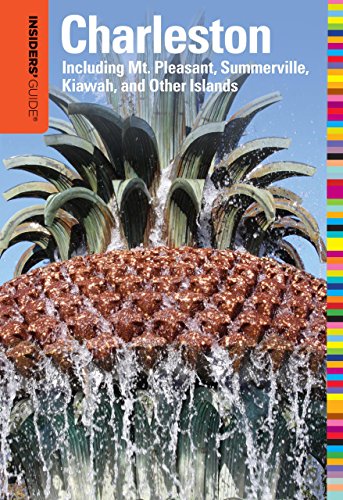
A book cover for Insiders' GuideÂ® to Charleston, 13th: Including Mt. Pleasant, Summerville, Kiawah, and Other Islands (Insiders' Guide Series); Lee Davis Perry; Travel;